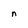
Character: n